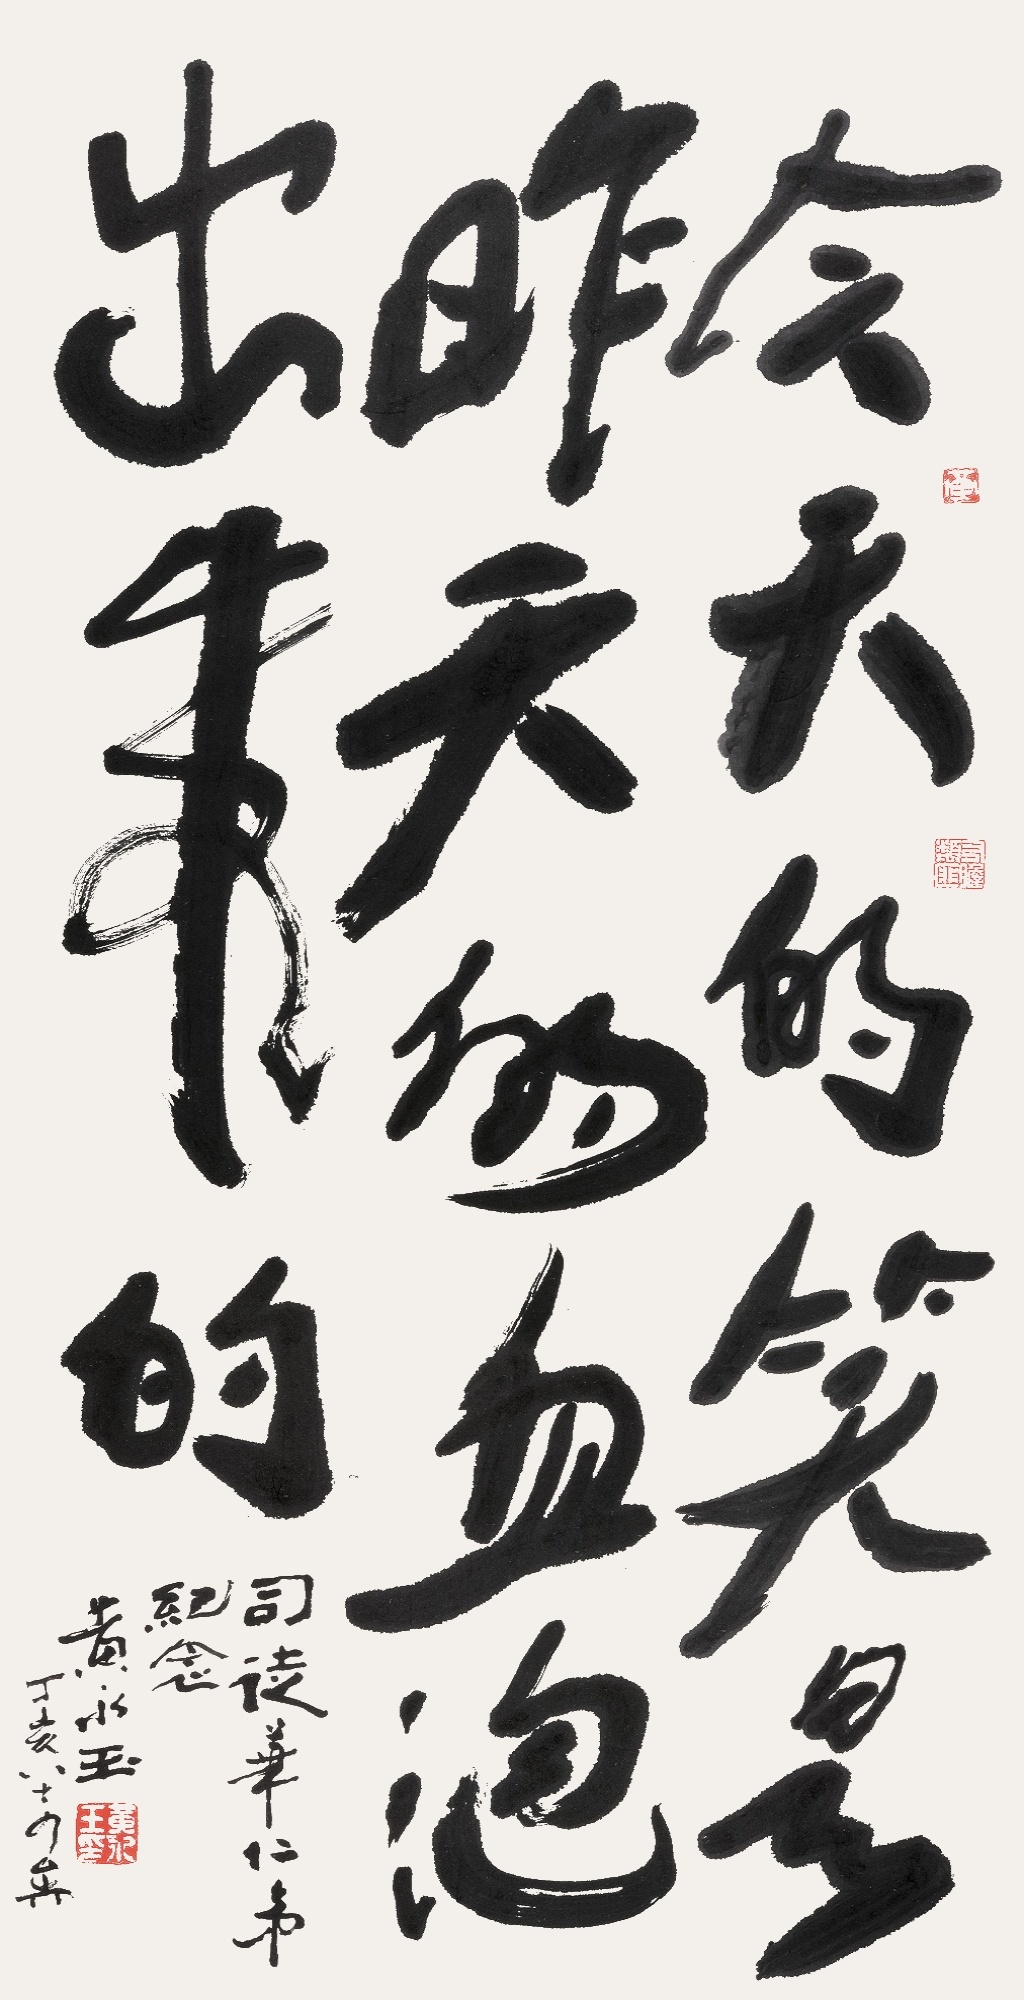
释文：今天的笑，是昨天的血泡出来的。司徒华仁弟纪念。黄永玉，丁亥八十四岁。